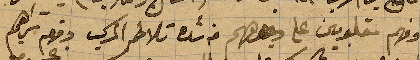
وفهم مقلوبين على وجوههم من شدة تلاطم المركب ومعهم تراهم